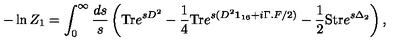
- \ln Z _ { 1 } = \int _ { 0 } ^ { \infty } \frac { d s } { s } \left( \mathrm { T r } e ^ { s D ^ { 2 } } - \frac 1 4 \mathrm { T r } e ^ { s ( D ^ { 2 } { \bf 1 } _ { 1 6 } + i \Gamma . F / 2 ) } - \frac 1 2 \mathrm { S t r } e ^ { s \Delta _ { 2 } } \right) ,